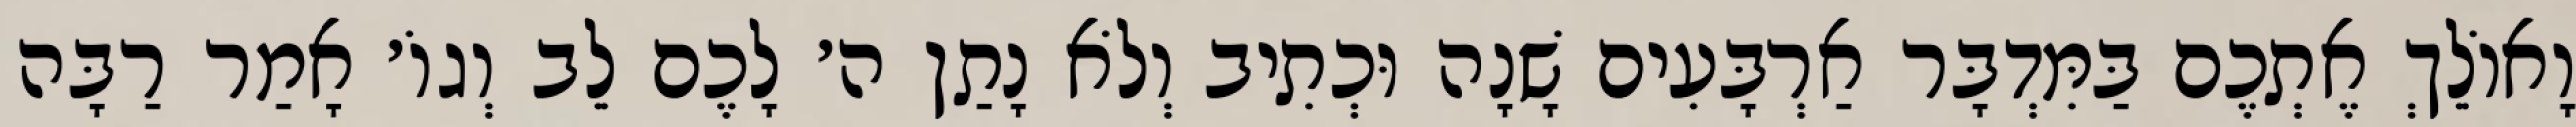
וָאוֹלֵךְ אֶתְכֶם בַּמִּדְבָּר אַרְבָּעִים שָׁנָה וּכְתִיב וְלֹא נָתַן ה׳ לָכֶם לֵב וְגוֹ׳ אָמַר רַבָּה